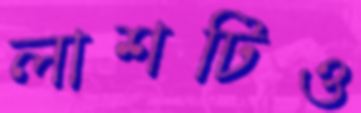
লাশটিও